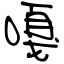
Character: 嘎